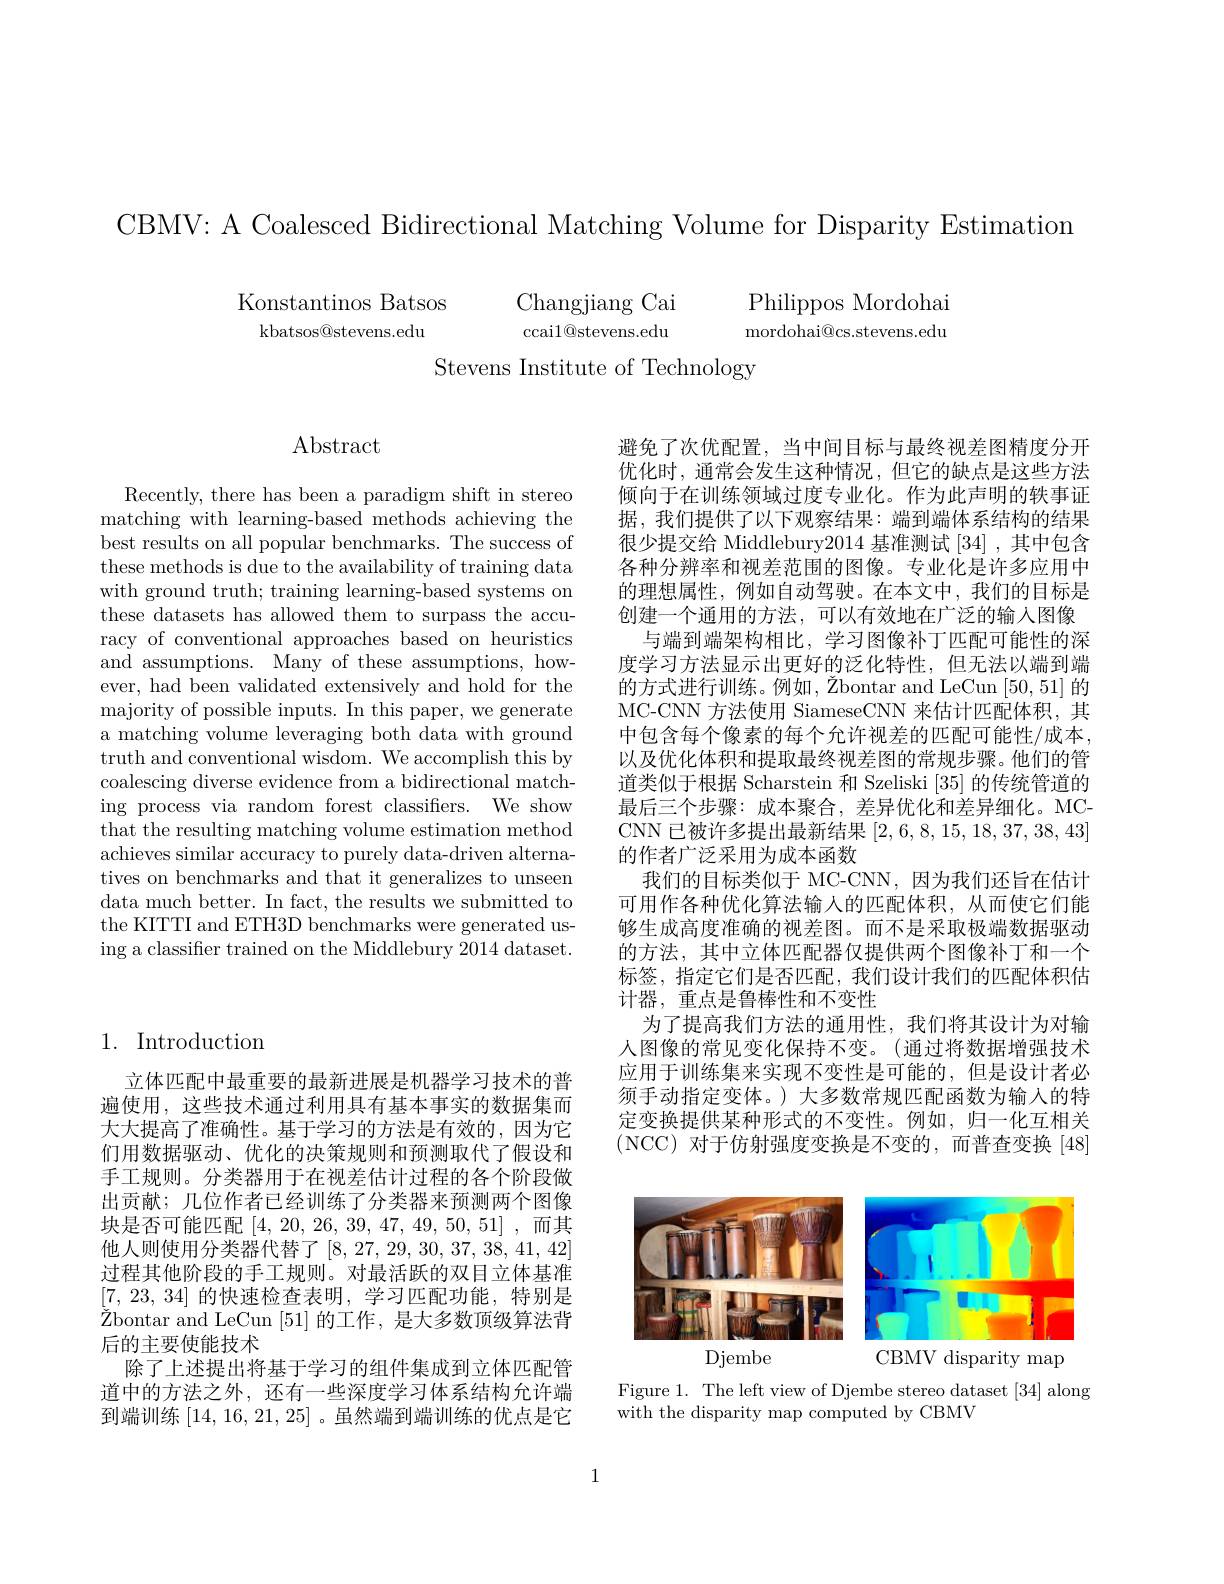
CBMV: A Coalesced Bidirectional Matching Volume for Disparity Estimation

Konstantinos Batsos

kbatsos@stevens.edu

Changjiang Cai Philippos Mordohai ccail@ stevens. edu mordohai@ cs. stevens. edu

Stevens Institute of Technology

Abstract

Recently, there has been a paradigm shift in stereo matching with learning-based methods achieving the best results on all popular benchmarks. The success of these methods is due to the availability of training data with ground truth; training learning-based systems on these datasets has allowed them to surpass the accuracy of conventional approaches based on heuristics and assumptions. Many of these assumptions, however, had been validated extensively and hold for the majority of possible inputs. In this paper, we generate a matching volume leveraging both data with ground truth and conventional wisdom. We accomplish this by coalescing diverse evidence from a bidirectional matching process via random forest classifiers. We show that the resulting matching volume estimation method achieves similar accuracy to purely data-driven alternatives on benchmarks and that it generalizes to unseen data much better. In fact, the results we submitted to the KITTI and ETH3D benchmarks were generated using a classifier trained on the Middlebury 2014 dataset.

## 1. Introduction

立体匹配中最重要的最新进展是机器学习技术的普遍使用，这些技术通过利用具有基本事实的数据集而大大提高了准确性。基于学习的方法是有效的，因为它们用数据驱动、优化的决策规则和预测取代了假设和手工规则。分类器用于在视差估计过程的各个阶段做出贡献；几位作者已经训练了分类器来预测两个图像块是否可能匹配[4,20,26,39,47,49,50,51],而其他人则使用分类器代替了[8,27,29,30,37,38,41,42] 过程其他阶段的手工规则。对最活跃的双目立体基准[7, 23, 34] 的快速检查表明，学习匹配功能，特别是${\text{\v{Z}bontar andLeCun}}{[51]}$的工作，是大多数顶级算法背后的主要使能技术
除了上述提出将基于学习的组件集成到立体匹配管道中的方法之外，还有一些深度学习体系结构允许端到端训练[14,16,21,25]。虽然端到端训练的优点是它

避免了次优配置，当中间目标与最终视差图精度分开优化时，通常会发生这种情况，但它的缺点是这些方法倾向于在训练领域过度专业化。作为此声明的轶事证据，我们提供了以下观察结果：端到端体系结构的结果很少提交给 Middlebury2014基准测试[34] ,其中包含各种分辨率和视差范围的图像。专业化是许多应用中的理想属性，例如自动驾驶。在本文中，我们的目标是创建一个通用的方法，可以有效地在广泛的输入图像
与端到端架构相比，学习图像补丁匹配可能性的深度学习方法显示出更好的泛化特性，但无法以端到端的方式进行训练。例如，Žbontar and LeCun [50,51]的MC-CNN 方法使用 SiameseCNN 来估计匹配体积，其中包含每个像素的每个允许视差的匹配可能性/成本， 以及优化体积和提取最终视差图的常规步骤。他们的管道类似于根据 Scharstein 和 Szeliski [35]的传统管道的最后三个步骤：成本聚合，差异优化和差异细化。MCCNN 已被许多提出最新结果[2,6,8,15,18,37,38,43] 的作者广泛采用为成本函数
我们的目标类似于 MC-CNN,因为我们还旨在估计可用作各种优化算法输入的匹配体积，从而使它们能够生成高度准确的视差图。而不是采取极端数据驱动的方法，其中立体匹配器仅提供两个图像补丁和一个标签，指定它们是否匹配，我们设计我们的匹配体积估计器，重点是鲁棒性和不变性
为了提高我们方法的通用性，我们将其设计为对输人图像的常见变化保持不变。(通过将数据增强技术应用于训练集来实现不变性是可能的，但是设计者必须手动指定变体。) 大多数常规匹配函数为输入的特定变换提供某种形式的不变性。例如，归一化互相关(NCC)对于仿射强度变换是不变的，而普查变换[48]

<FigureHere>

Figure 1. The left view of Djembe stereo dataset [34] along
with the disparity map computed by CBMV

1